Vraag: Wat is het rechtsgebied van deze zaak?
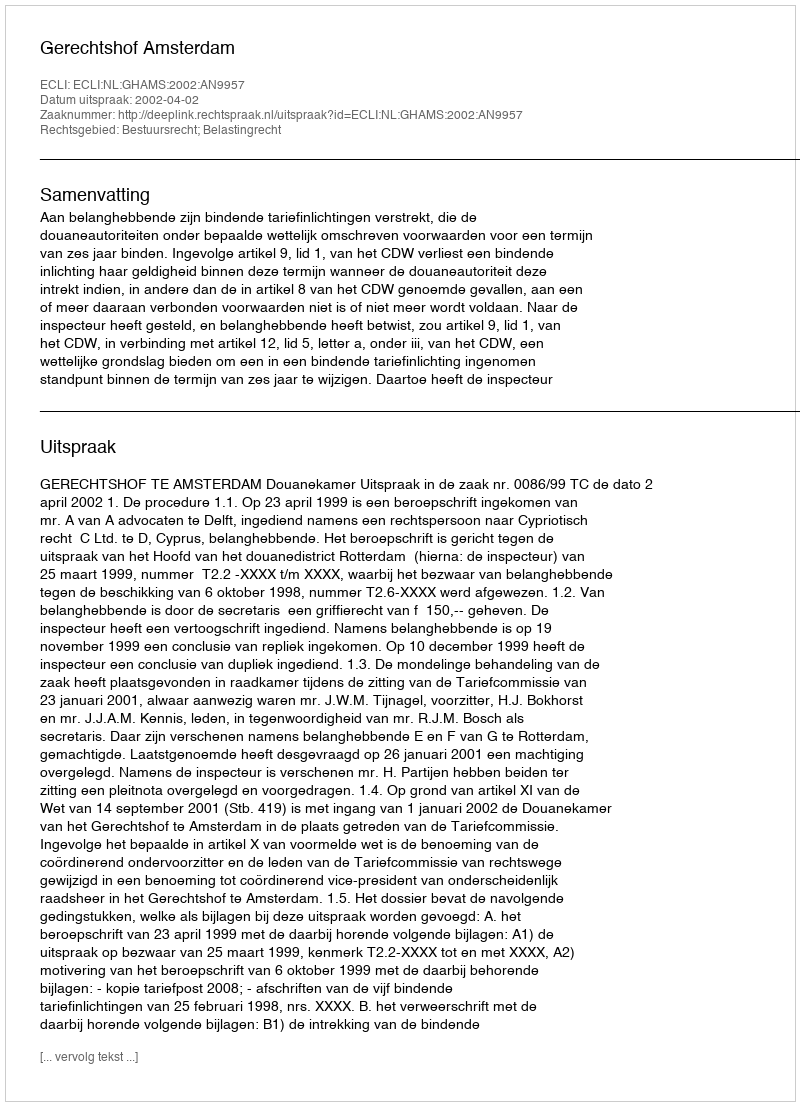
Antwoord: Bestuursrecht; Belastingrecht